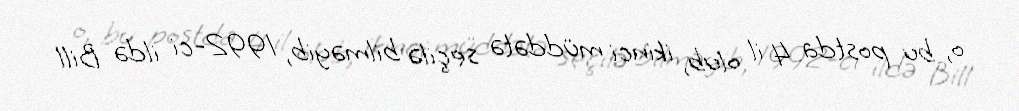
o, bu postda 4 il olub, ikinci müddətə seçilə bilməyib, 1992-ci ildə Bill